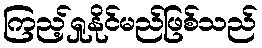
ကြည့်ရှုနိုင်မည်ဖြစ်သည်